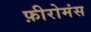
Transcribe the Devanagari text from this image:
फ़ीरोमंस